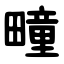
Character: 疃